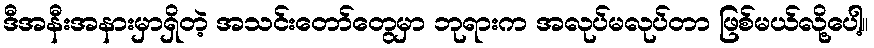
ဒီအနီးအနားမှာရှိတဲ့ အသင်းတော်တွေမှာ ဘုရားက အလုပ်မလုပ်တာ ဖြစ်မယ်လို့ပေါ့။